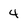
Character: 4